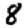
Digit: 8